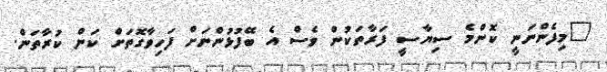
"މިފެންނަނީ ކޮންމެ ސިޔާސީ ފަރާތަކުން ވެސް އެ ބޭފުޅުންނަށް ފަހިވާގޮތަށް ކަން ކުރާތަން.